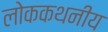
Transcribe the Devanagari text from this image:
लोककथनीय